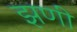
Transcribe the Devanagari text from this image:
झणी